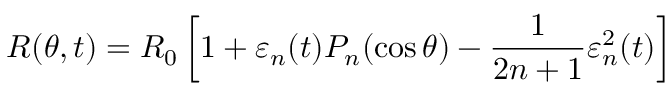
R ( \theta , t ) = R _ { 0 } \left[ 1 + \varepsilon _ { n } ( t ) P _ { n } ( \cos \theta ) - \frac { 1 } { 2 n + 1 } \varepsilon _ { n } ^ { 2 } ( t ) \right]